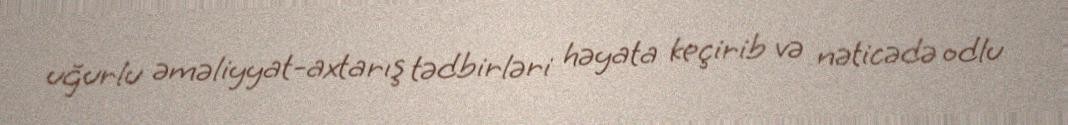
uğurlu əməliyyat-axtarış tədbirləri həyata keçirib və nəticədə odlu